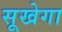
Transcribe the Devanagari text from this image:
सूखेगा